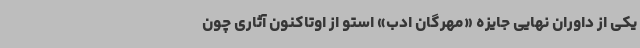
یکی از داوران نهایی جایزه «مهرگان ادب» استو از اوتاکنون آثاری چون